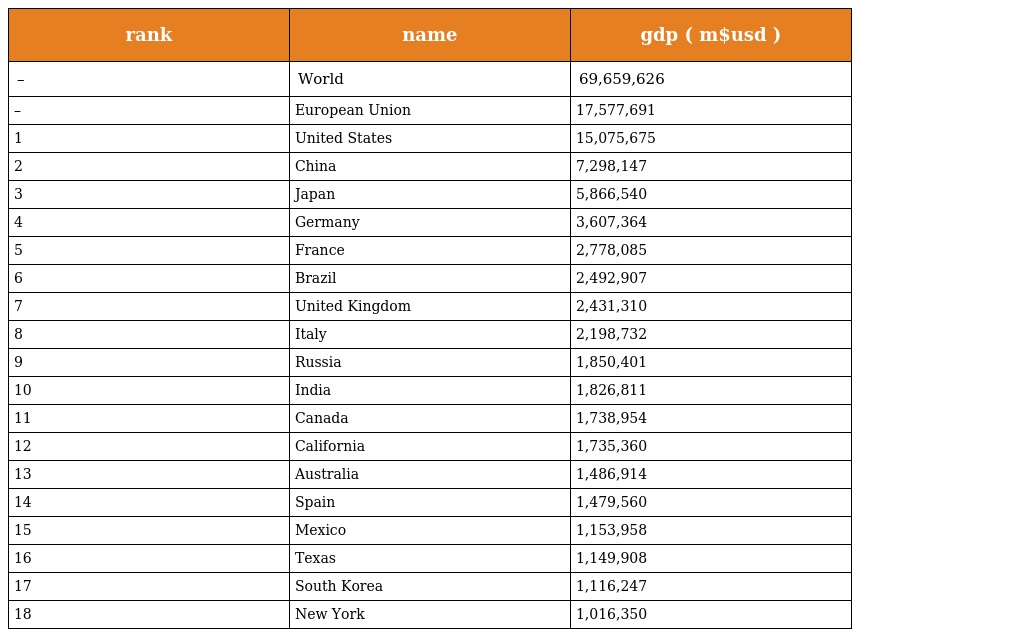
| rank | name | gdp ( m$usd ) |
 | --- | --- | --- |
 | – | World | 69,659,626 |
 | – | European Union | 17,577,691 |
 | 1 | United States | 15,075,675 |
 | 2 | China | 7,298,147 |
 | 3 | Japan | 5,866,540 |
 | 4 | Germany | 3,607,364 |
 | 5 | France | 2,778,085 |
 | 6 | Brazil | 2,492,907 |
 | 7 | United Kingdom | 2,431,310 |
 | 8 | Italy | 2,198,732 |
 | 9 | Russia | 1,850,401 |
 | 10 | India | 1,826,811 |
 | 11 | Canada | 1,738,954 |
 | 12 | California | 1,735,360 |
 | 13 | Australia | 1,486,914 |
 | 14 | Spain | 1,479,560 |
 | 15 | Mexico | 1,153,958 |
 | 16 | Texas | 1,149,908 |
 | 17 | South Korea | 1,116,247 |
 | 18 | New York | 1,016,350 |